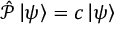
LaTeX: { \hat { \mathcal { P } } } \left| \psi \right\rangle = c \left| \psi \right\rangle